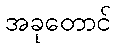
အခုတောင်